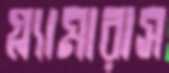
গ্ল্যামারাস